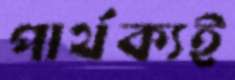
পার্থক্যই